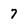
Character: 7